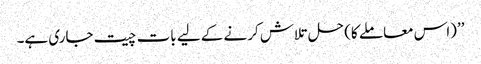
’’(اس معاملے کا) حل تلاش کرنے کے لیے بات چیت جاری ہے۔